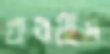
করছিস